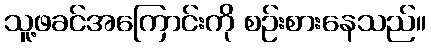
သူ့ဖခင်အကြောင်းကို စဉ်းစားနေသည်။